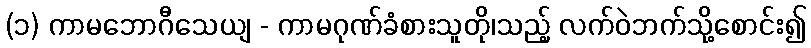
(၁) ကာမဘောဂီသေယျ - ကာမဂုဏ်ခံစားသူတို၊သည့် လက်ဝဲဘက်သို့စောင်း၍